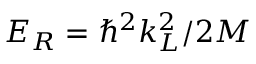
E _ { R } = \hbar ^ { 2 } k _ { L } ^ { 2 } / 2 M